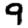
Digit: 9